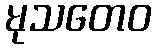
မုသတေဝ